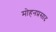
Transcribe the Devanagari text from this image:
मोहनप्रसाद